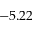
- 5 . 2 2